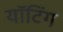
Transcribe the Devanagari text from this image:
यॉटिंग